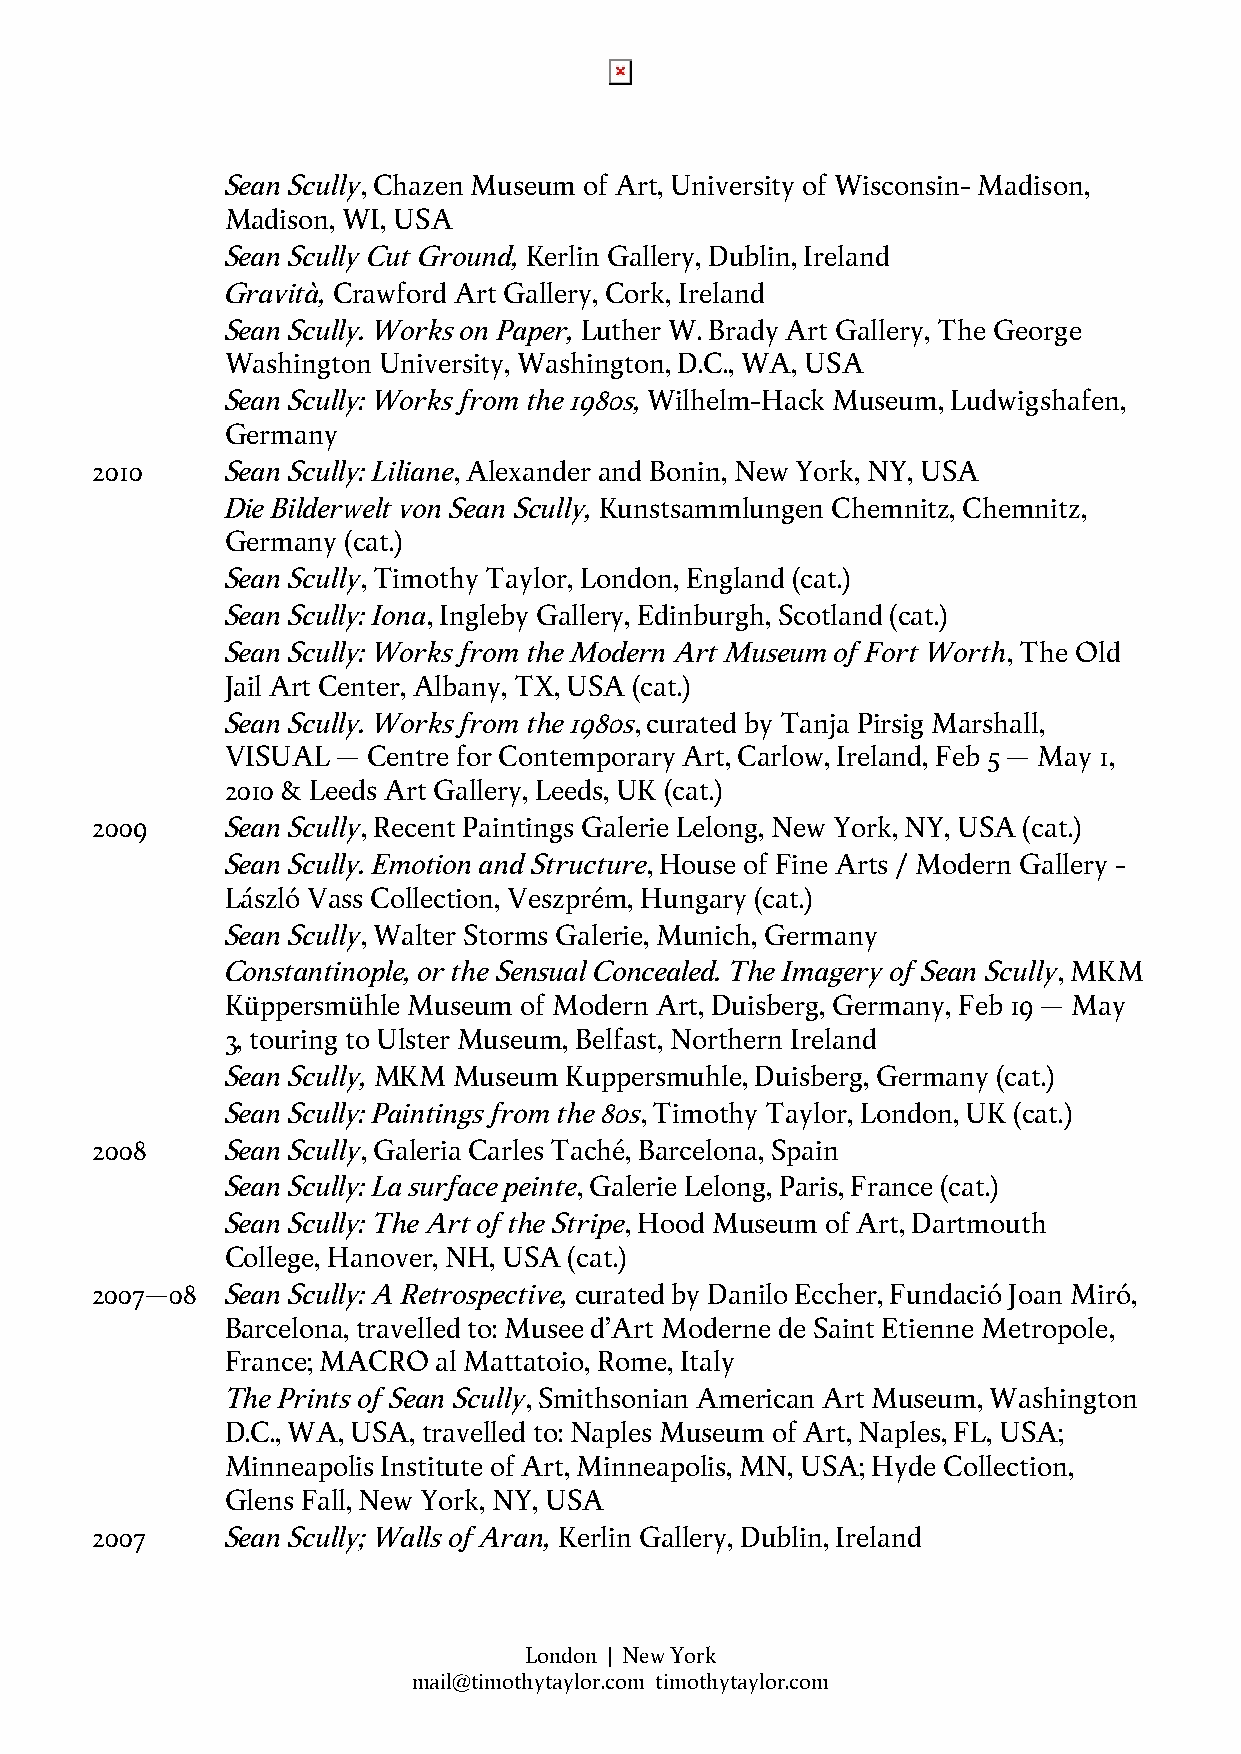
Sean Scully, Chazen Museum of Art, University of Wisconsin- Madison,
 Madison, WI, USA
 Sean Scully Cut Ground, Kerlin Gallery, Dublin, Ireland
 Gravità, Crawford Art Gallery, Cork, Ireland
 Sean Scully. Works on Paper, Luther W. Brady Art Gallery, The George
 Washington University, Washington, D.C., WA, USA
 Sean Scully: Works from the 1980s, Wilhelm-Hack Museum, Ludwigshafen,
 Germany
 2010     Sean Scully: Liliane, Alexander and Bonin, New York, NY, USA
 Die Bilderwelt von Sean Scully, Kunstsammlungen Chemnitz, Chemnitz,
 Germany (cat.)
 Sean Scully, Timothy Taylor, London, England (cat.)
 Sean Scully: Iona, Ingleby Gallery, Edinburgh, Scotland (cat.)
 Sean Scully: Works from the Modern Art Museum of Fort Worth, The Old
 Jail Art Center, Albany, TX, USA (cat.)
 Sean Scully. Works from the 1980s, curated by Tanja Pirsig Marshall,
 VISUAL – Centre for Contemporary Art, Carlow, Ireland, Feb 5 – May 1,
 2010 & Leeds Art Gallery, Leeds, UK (cat.)
 2009     Sean Scully, Recent Paintings Galerie Lelong, New York, NY, USA (cat.)
 Sean Scully. Emotion and Structure, House of Fine Arts / Modern Gallery -
 László Vass Collection, Veszprém, Hungary (cat.)
 Sean Scully, Walter Storms Galerie, Munich, Germany
 Constantinople, or the Sensual Concealed. The Imagery of Sean Scully, MKM
 Küppersmühle Museum of Modern Art, Duisberg, Germany, Feb 19 – May
 3, touring to Ulster Museum, Belfast, Northern Ireland
 Sean Scully, MKM Museum Kuppersmuhle, Duisberg, Germany (cat.)
 Sean Scully: Paintings from the 80s, Timothy Taylor, London, UK (cat.)
 2008     Sean Scully, Galeria Carles Taché, Barcelona, Spain
 Sean Scully: La surface peinte, Galerie Lelong, Paris, France (cat.)
 Sean Scully: The Art of the Stripe, Hood Museum of Art, Dartmouth
 College, Hanover, NH, USA (cat.)
 2007–08  Sean Scully: A Retrospective, curated by Danilo Eccher, Fundació Joan Miró,
 Barcelona, travelled to: Musee d’Art Moderne de Saint Etienne Metropole,
 France; MACRO al Mattatoio, Rome, Italy
 The Prints of Sean Scully, Smithsonian American Art Museum, Washington
 D.C., WA, USA, travelled to: Naples Museum of Art, Naples, FL, USA;
 Minneapolis Institute of Art, Minneapolis, MN, USA; Hyde Collection,
 Glens Fall, New York, NY, USA
 2007     Sean Scully; Walls of Aran, Kerlin Gallery, Dublin, Ireland
 London | New York
 mail@timothytaylor.com timothytaylor.com